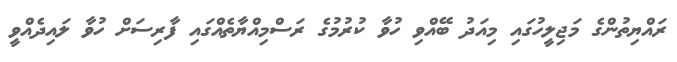
ރައްޔިތުންގެ މަޖިލީހުގައި މިއަދު ބޭއްވި ހުވާ ކުރުމުގެ ރަސްމިއްޔާތެއްގައި ފާރިސަށް ހުވާ ލައިދެއްވީ